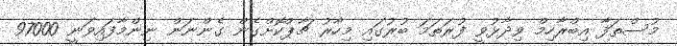
މުސްތަފާ އިބްރާހިމް ވިދާޅުވީ ފުރަތަމަ ބުރުގައި މިހާރު ޗާޕްކޮށްގެން ގެންނަން ނިންމާފައިވަނީ 97000